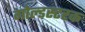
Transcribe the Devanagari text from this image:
गोल्डस्टरक